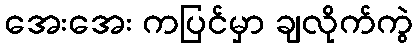
အေးအေး ကပြင်မှာ ချလိုက်ကွဲ